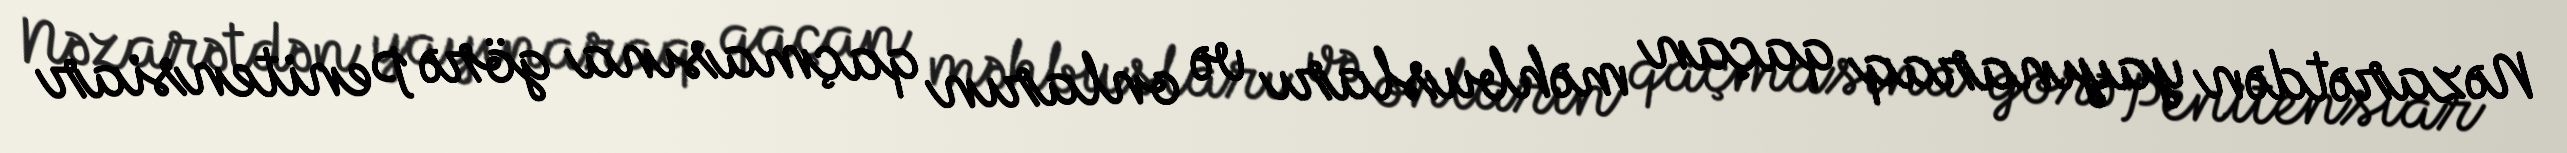
Nəzarətdən yayınaraq qaçan məhbusları və onların qaçmasına görə Penitensiar